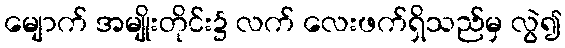
မျောက် အမျိုးတိုင်း၌ လက် လေးဖက်ရှိသည်မှ လွဲ၍